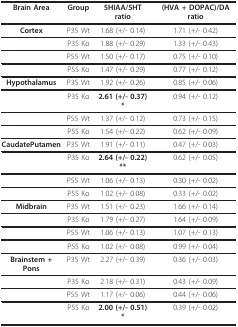
<table><thead><tr><td><b>Brain Area</b></td><td><b>Group</b></td><td><b>5HIAA/5HT ratio</b></td><td><b>(HVA + DOPAC)/DA ratio</b></td></tr></thead><tbody><tr><td><b>Cortex</b></td><td>P35 Wt</td><td>1.68 (+/- 0.14)</td><td>1.71 (+/- 0.42)</td></tr><tr><td></td><td>P35 Ko</td><td>1.88 (+/- 0.29)</td><td>1.33 (+/- 0.43)</td></tr><tr><td></td><td>P55 Wt</td><td>1.50 (+/- 0.17)</td><td>0.75 (+/- 0.10)</td></tr><tr><td></td><td>P55 Ko</td><td>1.47 (+/- 0.29)</td><td>0.77 (+/- 0.12)</td></tr><tr><td><b>Hypothalamus</b></td><td>P35 Wt</td><td>1.92 (+/- 0.26)</td><td>0.85 (+/- 0.06)</td></tr><tr><td></td><td>P35 Ko</td><td><b>2.61 (+/- 0.37) *</b></td><td>0.94 (+/- 0.12)</td></tr><tr><td></td><td>P55 Wt</td><td>1.37 (+/- 0.12)</td><td>0.73 (+/- 0.15)</td></tr><tr><td></td><td>P55 Ko</td><td>1.54 (+/- 0.22)</td><td>0.62 (+/- 0.09)</td></tr><tr><td><b>CaudatePutamen</b></td><td>P35 Wt</td><td>1.91 (+/- 0.11)</td><td>0.47 (+/- 0.03)</td></tr><tr><td></td><td>P35 Ko</td><td><b>2.64 (+/- 0.22) **</b></td><td>0.62 (+/- 0.05)</td></tr><tr><td></td><td>P55 Wt</td><td>1.06 (+/- 0.13)</td><td>0.30 (+/- 0.02)</td></tr><tr><td></td><td>P55 Ko</td><td>1.02 (+/- 0.08)</td><td>0.33 (+/- 0.02)</td></tr><tr><td><b>Midbrain</b></td><td>P35 Wt</td><td>1.51 (+/- 0.23)</td><td>1.66 (+/- 0.14)</td></tr><tr><td></td><td>P35 Ko</td><td>1.79 (+/- 0.27)</td><td>1.64 (+/- 0.09)</td></tr><tr><td></td><td>P55 Wt</td><td>1.06 (+/- 0.13)</td><td>1.07 (+/- 0.13)</td></tr><tr><td></td><td>P55 Ko</td><td>1.02 (+/- 0.08)</td><td>0.99 (+/- 0.04)</td></tr><tr><td><b>Brainstem + Pons</b></td><td>P35 Wt</td><td>2.27 (+/- 0.39)</td><td>0.36 (+/- 0.03)</td></tr><tr><td></td><td>P35 Ko</td><td>2.18 (+/- 0.31)</td><td>0.43 (+/- 0.09)</td></tr><tr><td></td><td>P55 Wt</td><td>1.17 (+/- 0.06)</td><td>0.44 (+/- 0.06)</td></tr><tr><td></td><td>P55 Ko</td><td><b>2.00 (+/- 0.51) *</b></td><td>0.39 (+/- 0.02)</td></tr></tbody></table>